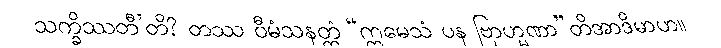
သက္ခိဿတီ’တိ? တဿ ဝီမံသနတ္ထံ “ဣမေသံ ပန ဗြာဟ္မဏာ”တိအာဒိမာဟ။